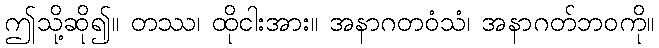
ဤသို့ဆို၍။ တဿ၊ ထိုငါးအား။ အနာဂတဝံသံ၊ အနာဂတ်ဘဝကို။